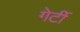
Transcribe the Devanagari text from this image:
गेर्टी